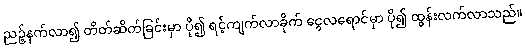
ညဉ့်နက်လာ၍ တိတ်ဆိတ်ခြင်းမှာ ပို၍ ရင့်ကျက်လာခိုက် ငွေလရောင်မှာ ပို၍ ထွန်းလက်လာသည်။